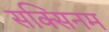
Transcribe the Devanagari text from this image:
सक्सिनम